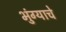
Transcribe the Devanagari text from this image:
भुंग्याचे